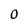
Character: 0